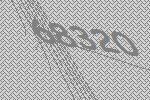
68320